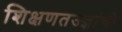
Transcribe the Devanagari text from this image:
शिक्षणतज्ज्ञांची